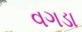
વગડા